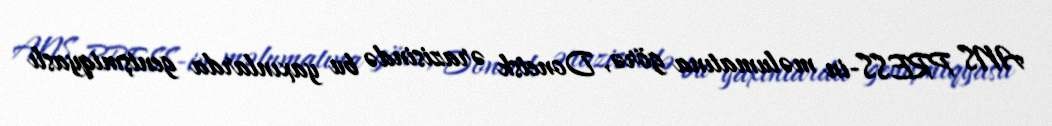
ANS PRESS-in məlumatına görə, Donetsk ərazisində bu yaxınlarda genişmiqyaslı